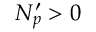
N _ { p } ^ { \prime } > 0